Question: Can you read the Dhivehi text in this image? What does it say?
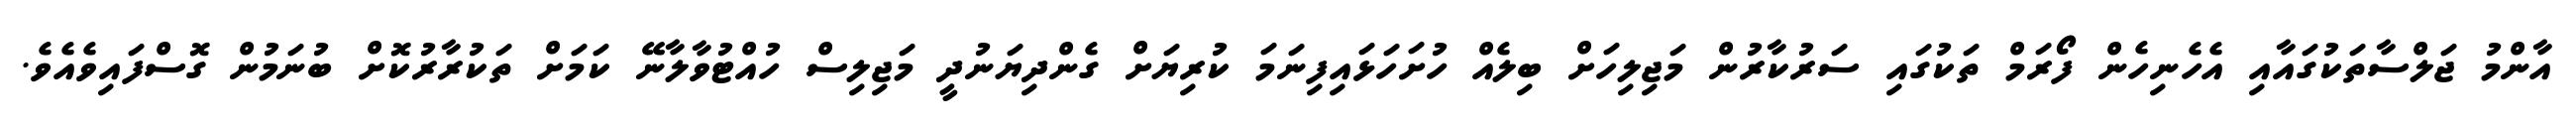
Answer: އާންމު ޖަލްސާތަކުގައާއި އެހެނިހެން ފޯރަމް ތަކުގައި ސަރުކާރުން މަޖިލިހަށް ބިލެއް ހުށަހަޅައިފިނަމަ ކުރިޔަށް ގެންދިޔަނުދީ މަޖިލިސް ހުއްޓުވާލާނޭ ކަމަށް ތަކުރާރުކޮށް ބުނަމުން ގޮސްފައިވެއެވެ.